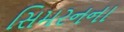
સિમરનના